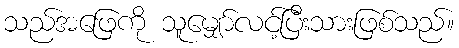
သည်အဖြေကို သူမျှော်လင့်ပြီးသားဖြစ်သည်။